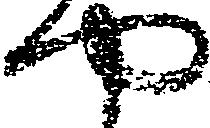
や